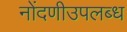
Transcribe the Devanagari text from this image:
नोंदणीउपलब्ध